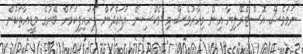
ނަމަވެސް އޮސްޓްރޭލިޔާ އިން މިހާރުވެސް މި ވެކްސިން އުފައްދަން ފަށައިފިކަމަށް ބޭރުގެ މީޑިއާތަކުން